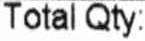
TOTAL QTY: